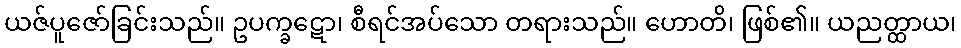
ယဇ်ပူဇော်ခြင်းသည်။ ဥပက္ခဋော၊ စီရင်အပ်သော တရားသည်။ ဟောတိ၊ ဖြစ်၏။ ယညတ္ထာယ၊